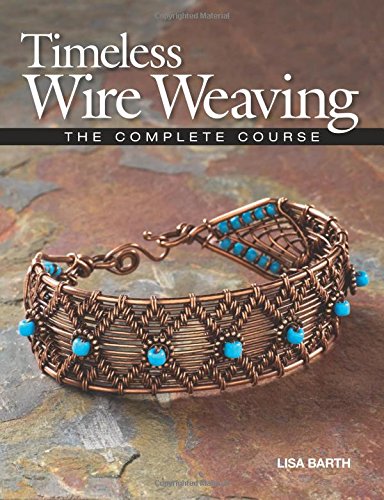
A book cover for Timeless Wire Weaving: The Complete Course; Lisa Barth; Crafts, Hobbies & Home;